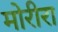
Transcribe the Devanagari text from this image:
मोरीरा